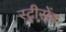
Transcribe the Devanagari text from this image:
स्ट्रीसेंड